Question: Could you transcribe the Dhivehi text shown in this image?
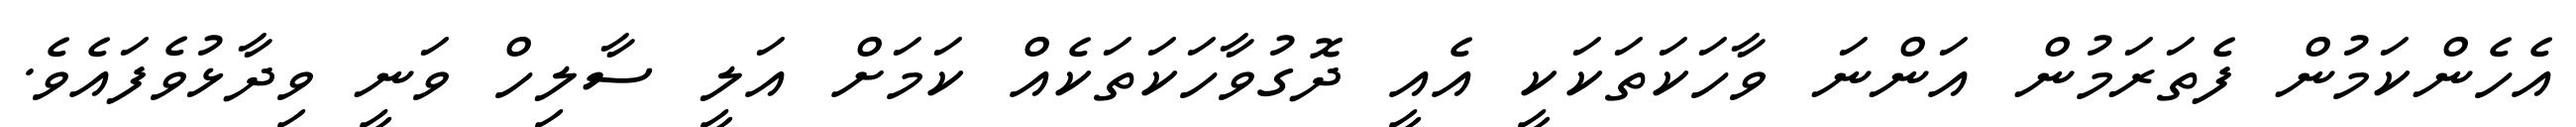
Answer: އެހެންކަމުން ފެތަރަމުން އަންނަ ވާހަކަތަކަކީ އެއީ ދޮގުވާހަކަތަކެއް ކަމަށް އަލީ ސާލިހް ވަނީ ވިދާޅުވެފައެވެ.